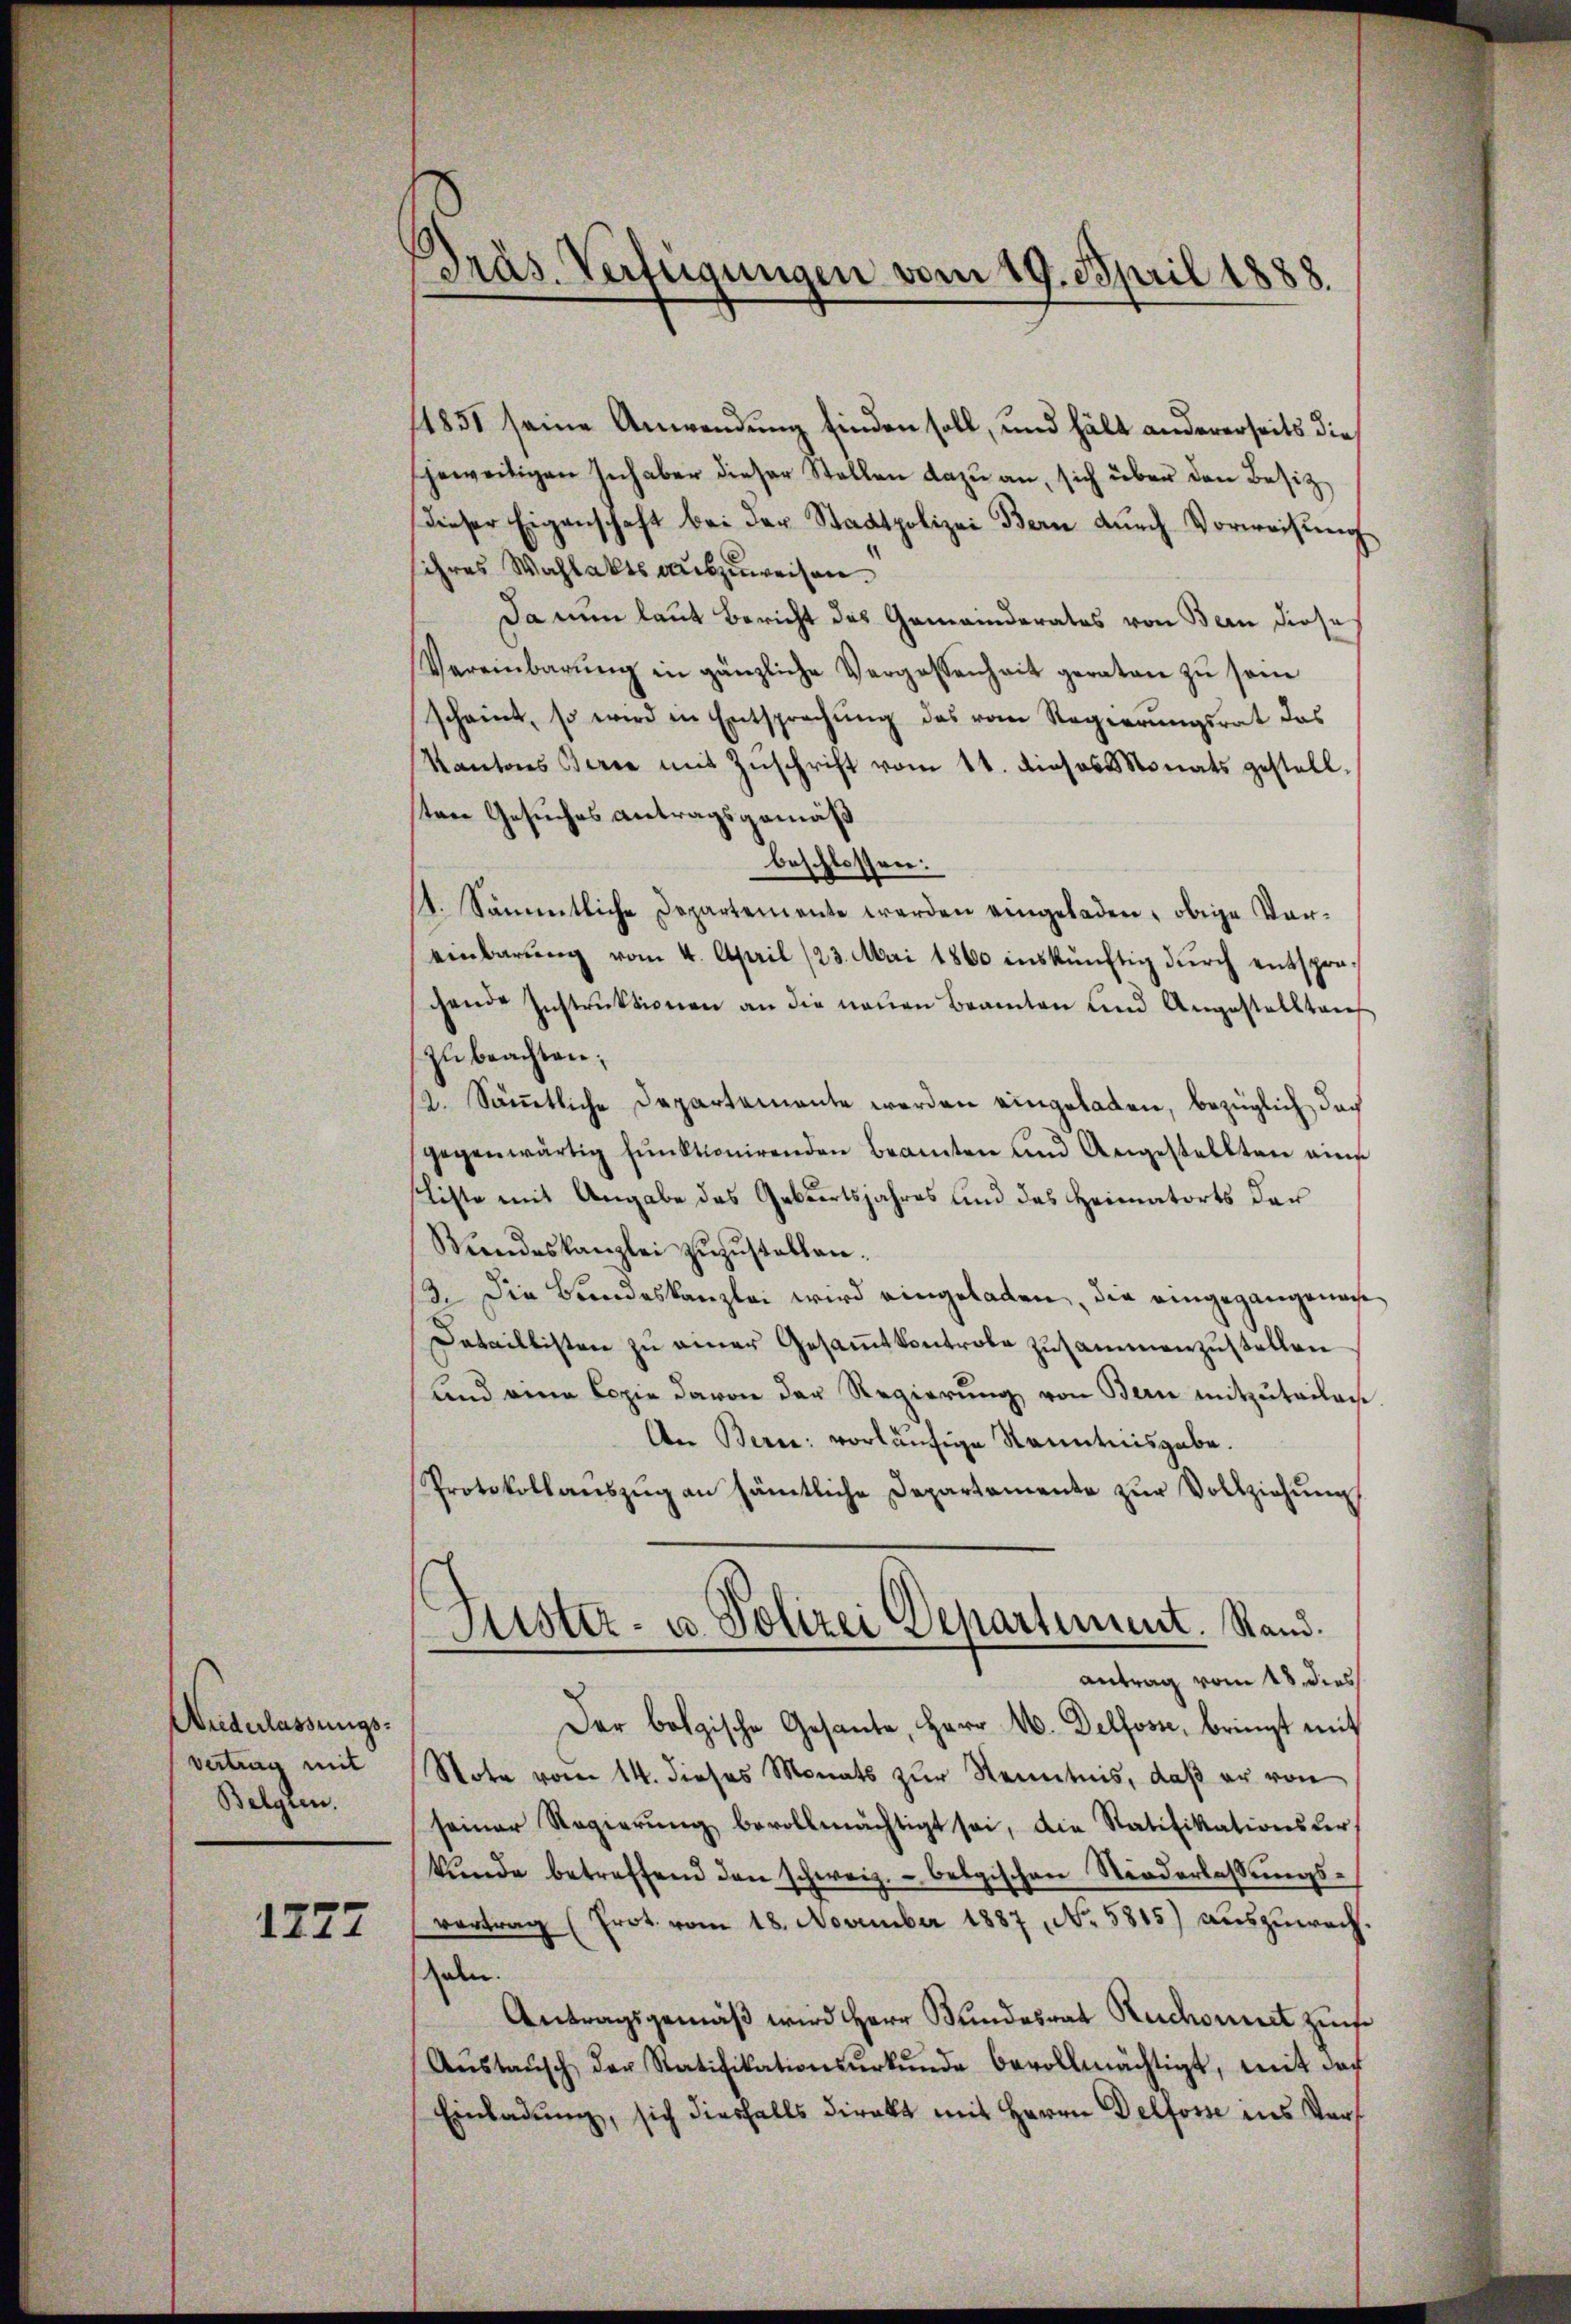
Niederlassungs-
vertrag mit
Belgien.

1277

Präs. Verfügungen vom 19. April 1888.

1851 seine Anwendung finden soll, und hält andererseits dies
jeweitigen Inhaber dieser Stellen dazu an, sich über den Besitz
dieser Eigenschaft bei der Stadtpolizei Bern durch Vorweisung
sihres Wahlakts auszuweisen.
Da nun laut Bericht des Gemeinderates von Bern diese
Vereinbarŭng in gänzliche Vergossenheit geraten zu sein
scheint, so wird in Entsprechŭng des vom Regierŭngsrat das
Kantons Serie mit Zŭschrift vom 11. dieses donats gestell
ten Gesuches Antragsgemäß
beschlossen:
1. Sämmtliche Departemente werden eingeladen, obige Ver-
einbarŭng vom 4. April (23. Mai 1860 inskünftig durch entsprachende Instrŭktionen an die neŭen Beamten und Angestalltauf
zu beachten;
12. Sämmtliche Departamante werden eingeladen, bezüglich doch
gegenwärtig funktionirenden Beamten und Angestellten ains
Liste mit Angabe das Gebiertsjahres und des Heimatorts der
Mindeskanzlei zŭzŭstellen.
13. Die Bundeskanzlei wird eingeladen, die eingegangenense
Detaillisten zu einer Gesammtkontrole zusammenzustellen
und eine Copie davon der Regierŭng von Bern mitzutailan
An Bern: vorläufige Kenntnisgabe.
Protokollanszŭg an sämtliche Departemente zŭr Vollziehŭng
Kister- u. Polizei Departiment. Stand.
antrag vom 18. dies
Der botzische Gesante, Herr M. Delfosse, bringt mit
Note vom 14. dieses Monats zŭr Kenntnis, daβ er von
seiner Regierŭng bevollmächtigt sei, die Ratifikationsler
kŭnde betreffend den schweiz. belgischen Niederlassungsvertrag (Prot. vom 18. November 1887, No. 5815) auszuwach¬
Geln.
Antragsgemäß wird Herr Bundesrat Ruchornet zunf
Aŭstaŭsch der Ratifikationsŭrkŭnde bevollmächtigt, mit des
Einladung, sich diesfalls direkt mit Herrn Delfosse ins Ver¬